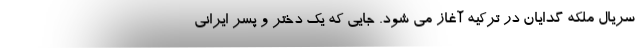
سریال ملکه گدایان در ترکیه آغاز می شود. جایی که یک دختر و پسر ایرانی